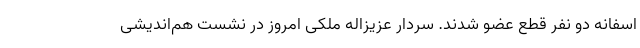
اسفانه دو نفر قطع عضو شدند. سردار عزیزاله ملکی امروز در نشست هم‌اندیشی